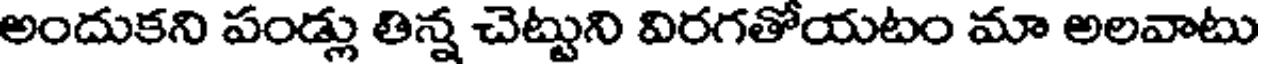
అందుకని పండ్లు తిన్న చెట్టుని విరగతోయటం మా అలవాటు